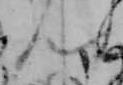
ん